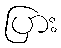
ပြား